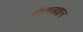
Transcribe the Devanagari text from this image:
इंटरलाइन